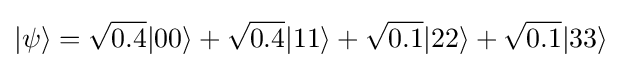
|\psi \rangle ={\sqrt {0.4}}|00\rangle +{\sqrt {0.4}}|11\rangle +{\sqrt {0.1}}|22\rangle +{\sqrt {0.1}}|33\rangle